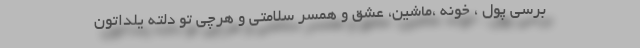
برسی پول ، خونه ،ماشین، عشق و همسر سلامتی و هرچی تو دلته یلداتون